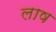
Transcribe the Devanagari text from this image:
लाष